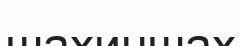
шахиншах